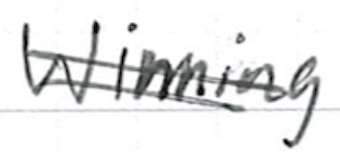
Text: winning
Cross-out: double-line
Writing tool: ballpoint